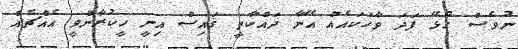
ނުވެސް ގުޅޭ ފަދަ ވާހަކައެއް އޭނާ ދައްކާތީ ޤައިސް އިނީ ހީކުރާންވީ އެއްޗެއް